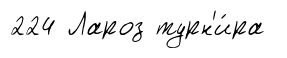
224 Лароз турн'и́ра